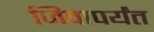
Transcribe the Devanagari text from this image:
जिवापर्यंत